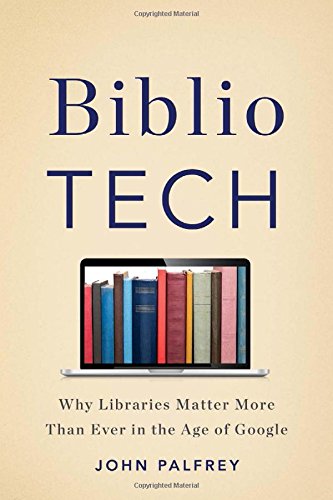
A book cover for BiblioTech: Why Libraries Matter More Than Ever in the Age of Google; John Palfrey; Politics & Social Sciences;